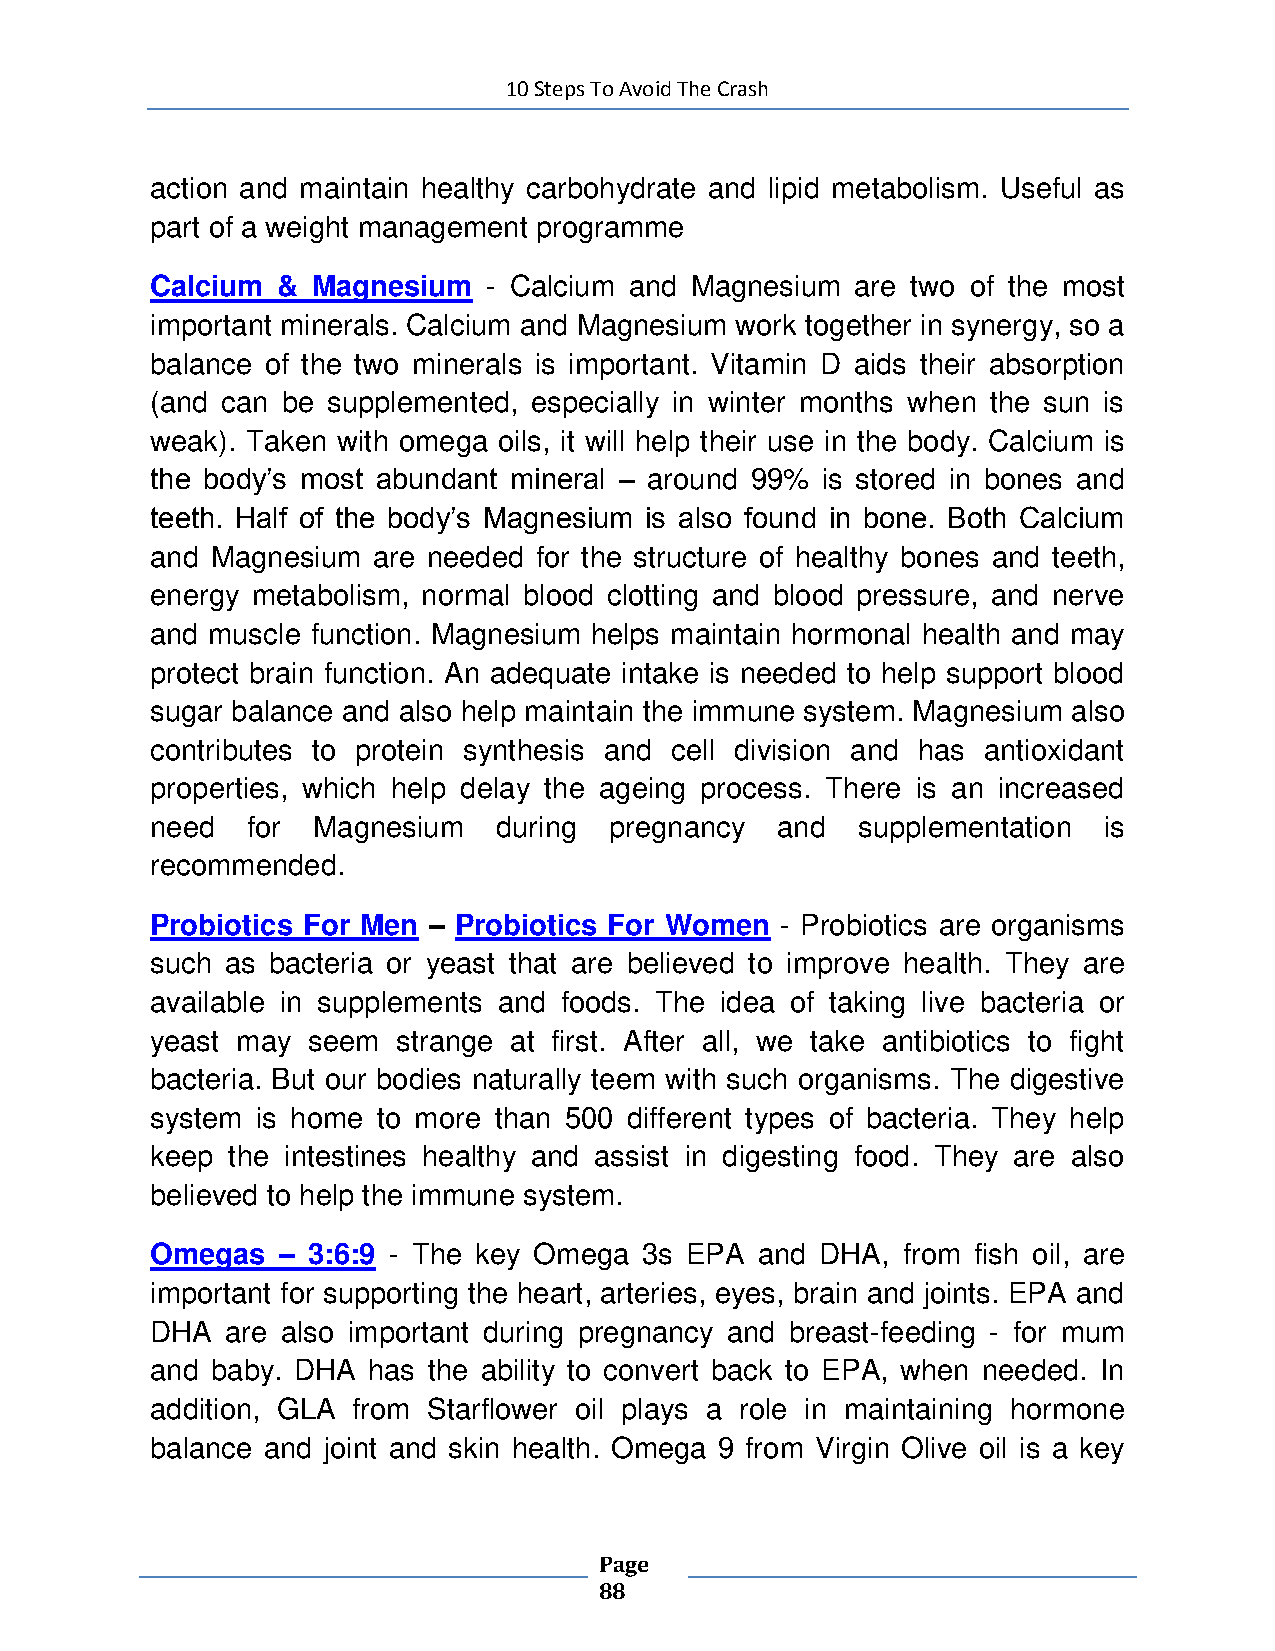
10 Steps To Avoid The Crash
 action and maintain healthy carbohydrate and lipid metabolism. Useful as
 part of a weight management programme
 Calcium &  Magnesium  - Calcium and Magnesium  are two of the most
 important minerals. Calcium and Magnesium work together in synergy, so a
 balance of the two minerals is important. Vitamin D aids their absorption
 (and can be supplemented, especially in winter months when the sun is
 weak). Taken with omega oils, it will help their use in the body. Calcium is
 the body’s most abundant mineral – around 99% is stored in bones and
 teeth. Half of the body’s Magnesium is also found in bone. Both Calcium
 and Magnesium  are needed for the structure of healthy bones and teeth,
 energy metabolism, normal blood clotting and blood pressure, and nerve
 and muscle function. Magnesium helps maintain hormonal health and may
 protect brain function. An adequate intake is needed to help support blood
 sugar balance and also help maintain the immune system. Magnesium also
 contributes to protein synthesis and cell division and has antioxidant
 properties, which help delay the ageing process. There is an increased
 need  for  Magnesium   during pregnancy  and   supplementation is
 recommended.
 Probiotics For Men – Probiotics For Women - Probiotics are organisms
 such as bacteria or yeast that are believed to improve health. They are
 available in supplements and foods. The idea of taking live bacteria or
 yeast may seem  strange at first. After all, we take antibiotics to fight
 bacteria. But our bodies naturally teem with such organisms. The digestive
 system is home to more than 500 different types of bacteria. They help
 keep the intestines healthy and assist in digesting food. They are also
 believed to help the immune system.
 Omegas  – 3:6:9 - The key Omega  3s EPA and DHA,  from fish oil, are
 important for supporting the heart, arteries, eyes, brain and joints. EPA and
 DHA  are also important during pregnancy and breast-feeding - for mum
 and baby. DHA has the ability to convert back to EPA, when needed. In
 addition, GLA from Starflower oil plays a role in maintaining hormone
 balance and joint and skin health. Omega 9 from Virgin Olive oil is a key
 Page
 88